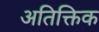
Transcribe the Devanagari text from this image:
अतिक्तिक